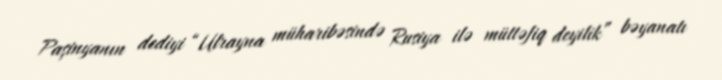
Paşinyanın dediyi “Ulrayna müharibəsində Rusiya ilə müttəfiq deyilik” bəyanatı